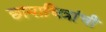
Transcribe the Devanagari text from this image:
छायाचित्रांची